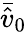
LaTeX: \bar{\hat{v}}_{0}